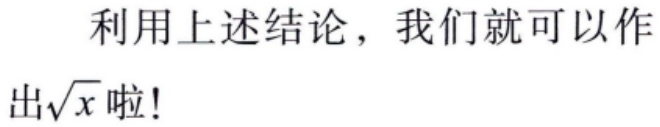
利用上述结论，我们就可以作出$\sqrt{x}$啦！